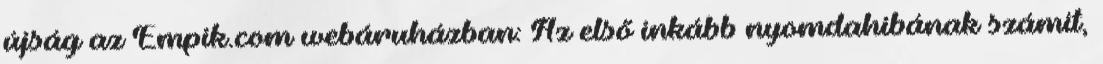
újság az Empik.com webáruházban: Az első inkább nyomdahibának számít,